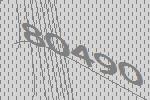
80490